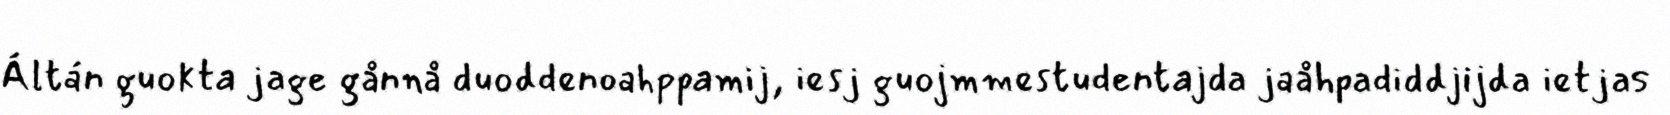
Áltán guokta jage gånnå duoddenoahppamij, iesj guojmmestudentajda jaåhpadiddjijda ietjas